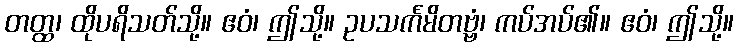
တတ္ထ၊ ထိုပရိသတ်သို့။ ဧဝံ၊ ဤသို့။ ဥပသင်္ကမိတဗ္ဗံ၊ ကပ်အပ်၏။ ဧဝံ၊ ဤသို့။